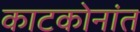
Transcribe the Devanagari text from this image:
काटकोनांत